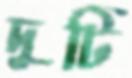
দুটি